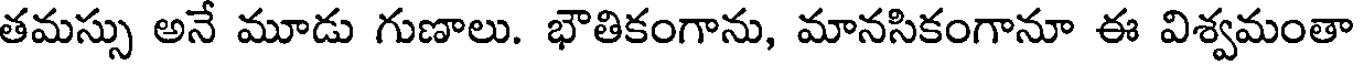
తమస్సు అనే మూడు గుణాలు. భౌతికంగాను, మానసికంగానూ ఈ విశ్వమంతా